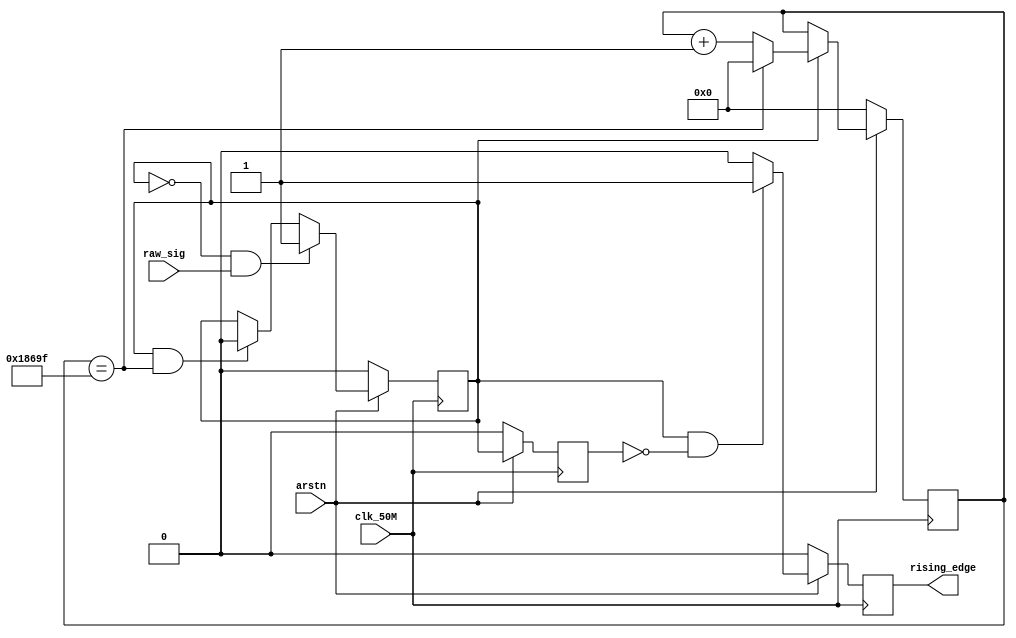
module rising_edge_ms(
    input wire raw_sig,
    input wire clk_50M,
    input wire arstn,
    output wire rising_edge
    );
    
    reg [16:0] clk_counter;
    wire clk_max = (clk_counter == 17'd99999);

    reg active;
    reg redge;
    reg abuf;
    assign rising_edge = redge;

    // clock counter    
    always @( posedge clk_50M ) begin
        if ( arstn == 1'b0 )
            clk_counter <= 17'b0;
        else if (active) begin
            if (clk_max) begin
                clk_counter <= 1'b0;
            end
            else
                clk_counter <= clk_counter + 17'b1;
        end 
    end
    
    // activate
    always @( posedge clk_50M ) begin
        if ( arstn == 1'b0 )
            active <= 1'b0;
        else if ( ~active & raw_sig )
            active <= 1'b1;
        else if ( active & clk_max )
            active <= 1'b0;
    end
    
    always @ ( posedge clk_50M ) begin
        if ( arstn == 1'b0 ) begin
            abuf <= 0;
        end else
            abuf <= active;
    end
    
    // rising edge
    always @( posedge clk_50M ) begin
        if ( arstn == 1'b0 ) begin
            redge <= 0;
            
        end else if ( active & ~abuf )
            redge <= 1;
        else
            redge <= 0;
    end
endmodule